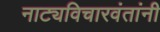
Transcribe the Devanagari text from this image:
नाट्यविचारवंतांनी